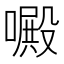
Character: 𠿍